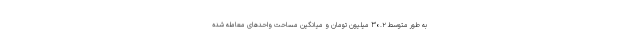
به طور متوسط ۳۰.۲ میلیون تومان و میانگین مساحت واحدهای معامله شده